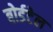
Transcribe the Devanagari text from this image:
बोर्डटेल